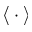
\big < \cdot \big >